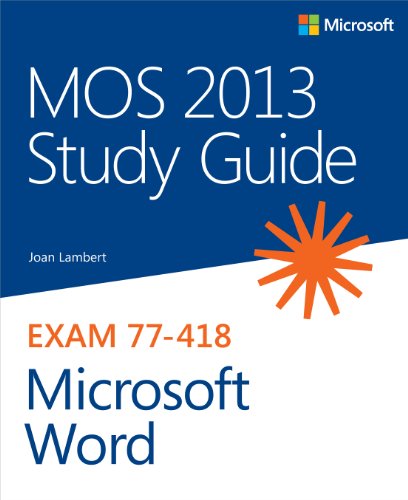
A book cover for MOS 2013 Study Guide for Microsoft Word (MOS Study Guide); Joan Lambert; Computers & Technology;